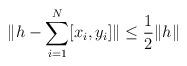
LaTeX: \begin{align*}\|h-\sum_{i=1}^N [x_i,y_i]\|\leq \frac 1 2\|h\|\end{align*}